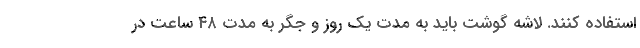
استفاده کنند. لاشه گوشت باید به مدت یک روز و جگر به مدت ۴۸ ساعت در